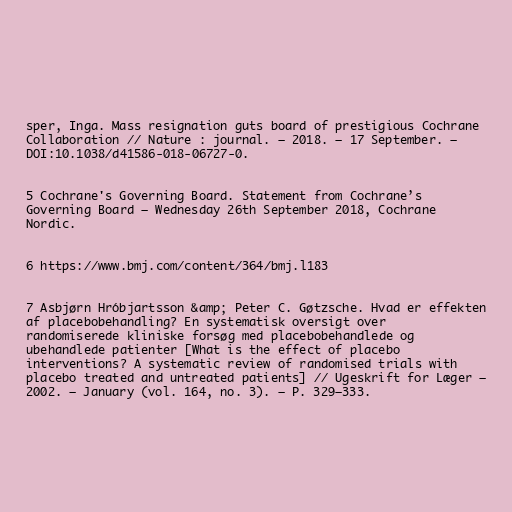
sper, Inga. Mass resignation guts board of prestigious Cochrane
Collaboration // Nature : journal. — 2018. — 17 September. —
DOI:10.1038/d41586-018-06727-0.

5 Cochrane's Governing Board. Statement from Cochrane’s
Governing Board – Wednesday 26th September 2018, Cochrane
Nordic.

6 https://www.bmj.com/content/364/bmj.l183

7 Asbjørn Hróbjartsson &amp; Peter C. Gøtzsche. Hvad er effekten
af placebobehandling? En systematisk oversigt over
randomiserede kliniske forsøg med placebobehandlede og
ubehandlede patienter [What is the effect of placebo
interventions? A systematic review of randomised trials with
placebo treated and untreated patients] // Ugeskrift for Læger —
2002. — January (vol. 164, no. 3). — P. 329–333.